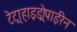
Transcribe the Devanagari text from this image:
टेट्राहाइड्रोपाईरेन